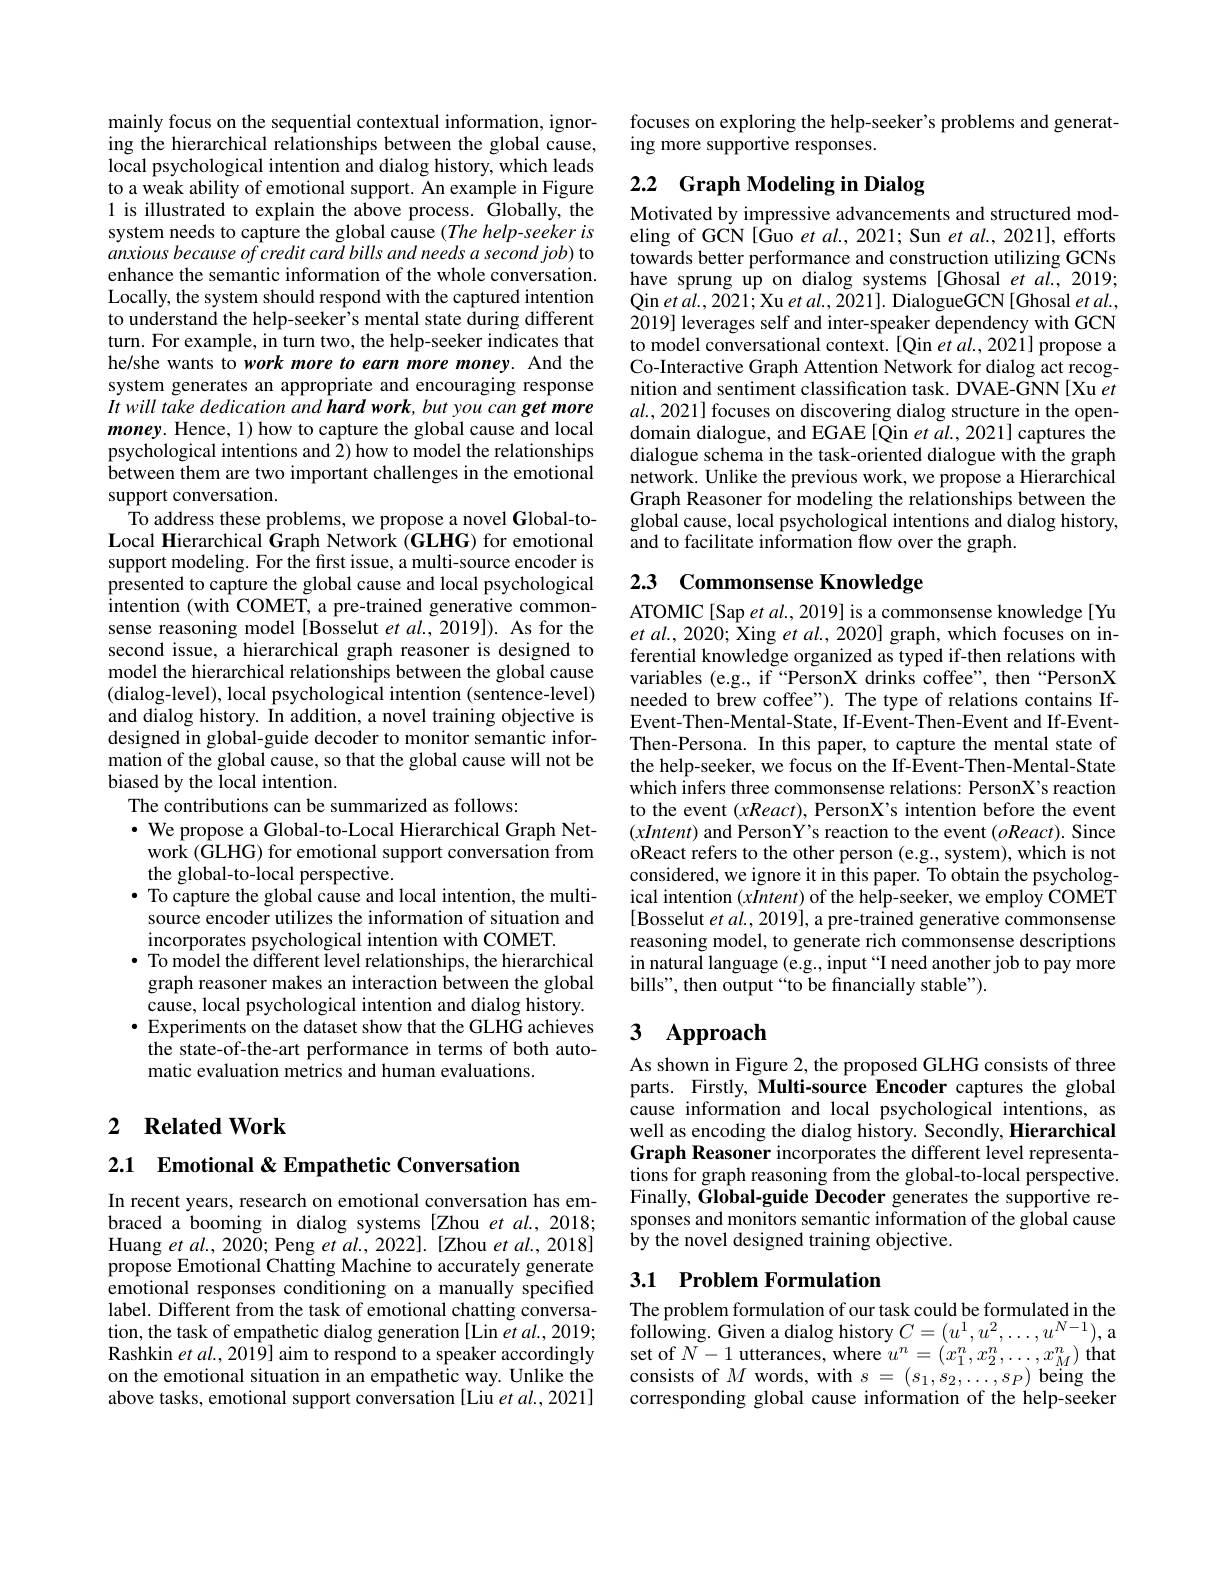
mainly focus on the sequential contextual information, ignoring the hierarchical relationships between the global cause, local psychological intention and dialog history, which leads to a weak ability of emotional support. An example in Figure 1 is illustrated to explain the above process. Globally, the system needs to capture the global cause (The help-seeker is anxious because of credit card bills and needs a second job) to enhance the semantic information of the whole conversation. Locally, the system should respond with the captured intention to understand the help-seeker's mental state during different turn. For example, in turn two, the help-seeker indicates that he/she wants to work more to earn more money. And the system generates an appropriate and encouraging response It will take dedication and hard work, but you can get more money. Hence, 1) how to capture the global cause and local psychological intentions and $\hat{2})$ how to model the relationships between them are two important challenges in the emotional support conversation.
To address these problems, we propose a novel Global-toLocal Hierarchical Graph Network (GLHG) for emotional support modeling. For the first issue, a multi-source encoder is presented to capture the global cause and local psychological intention (with COMET, a pre-trained generative commonsense reasoning model[Bosselut et al.,2019]). As for the second issue, a hierarchical graph reasoner is designed to model the hierarchical relationships between the global cause (dialog-level), local psychological intention (sentence-level) and dialog history. In addition, a novel training objective is designed in global-guide decoder to monitor semantic information of the global cause, so that the global cause will not be biased by the local intention.
The contributions can be summarized as follows:
$\cdot$ We propose a Global-to-Local Hierarchical Graph Network (GLHG) for emotional support conversation from the global-to-local perspective.
$\bullet$ To capture the global cause and local intention, the multisource encoder utilizes the information of situation and incorporates psychological intention with COMET.
$\bullet$ To model the different level relationships, the hierarchical graph reasoner makes an interaction between the global cause, local psychological intention and dialog history.
$\bullet$ Experiments on the dataset show that the GLHG achieves the state-of-the-art performance in terms of both automatic evaluation metrics and human evaluations.

## 2 $\textbf{Related Work}$

2.1 $\textbf{Emotional }\&$ Empathetic Conversation

In recent years, research on emotional conversation has embraced a booming in dialog systems [Zhou et al., 2018; Huang $etal.,2020;$ Peng $etal.,2022].$ [Zhou $etal.,2018]$ propose Emotional Chatting Machine to accurately generate emotional responses conditioning on a manually specified label. Different from the task of emotional chatting conversation, the task of empathetic dialog generation [Lin et al., 2019; Rashkin $etal.,2019]$ aim to respond to a speaker accordingly on the emotional situation in an empathetic way. Unlike the above tasks, emotional support conversation [Liu $etal.,2021]$

focuses on exploring the help-seeker's problems and generat-
ing more supportive responses.

# 2.2 Graph Modeling in Dialog

Motivated by impressive advancements and structured modeling of GCN[Guo et al., 2021; Sun et al., 2021], efforts towards better performance and construction utilizing GCNs have sprung up on dialog systems [Ghosal et al., 2019; Qin et al. , 2021; Xu et al. , 2021] . DialogueGCN [ Ghosal et al. , 2019] leverages self and inter-speaker dependency with GCN to model conversational context.[Qin et al., 2021] propose a Co-Interactive Graph Attention Network for dialog act recognition and sentiment classification task. DVAE-GNN [Xu et $al.,2021]$ focuses on discovering dialog structure in the opendomain dialogue, and EGAE[Qin et al., 2021] captures the dialogue schema in the task-oriented dialogue with the graph network. Unlike the previous work, we propose a Hierarchical Graph Reasoner for modeling the relationships between the global cause, local psychological intentions and dialog history, and to facilitate information flow over the graph.

2.3 Commonsense Knowledge

ATOMIC[Sap et al., 2019] is a commonsense knowledge[Yu $etal.,2020;$ Xing $etal.,2020]$ graph, which focuses on inferential knowledge organized as typed if-then relations with variables (e.g., if“PersonX drinks coffee", then“PersonX needed to brew coffee"). The type of relations contains IfEvent- Then- Mental- State, If- Event- Then- Event and If- Event- Then-Persona. In this paper, to capture the mental state of the help-seeker, we focus on the If-Event-Then-Mental-State which infers three commonsense relations: PersonX's reaction to the event $(xReact)$, PersonX's intention before the event $(xIntent)$ and PersonY's reaction to the event $(oReact).$ Since oReact refers to the other person (e.g., system), which is not considered, we ignore it in this paper. To obtain the psychological intention (xIntent) of the help-seeker, we employ COMET [Bosselut $etal.,2019]$, a pre-trained generative commonsense reasoning model, to generate rich commonsense descriptions in natural language (e.g., input “I need another job to pay more bills", then output “to be financially stable”).

# 3 $\mathbf{Approach}$

As shown in Figure 2, the proposed GLHG consists of three parts. Firstly, Multi-source Encoder captures the global cause information and local psychological intentions, as well as encoding the dialog history. Secondly, Hierarchical Graph Reasoner incorporates the different level representa- $\dot{\text{tions for graph reasoning from the global-to-local perspective.}}$ Finally, Global-guide Decoder generates the supportive responses and monitors semantic information of the global cause $\hat{\text{by the novel designed training objective.}}$

## 3.1 Problem Formulation

The problem formulation of our task could be formulated in the following. Given a dialog history $C=(u^1,u^2,\ldots,u^{N-1})$, a set of $N-1$ utterances, where $u^n=\left(x_{1}^{n},x_{2}^{n},\ldots,x_{M}^{n}\right)$ that consists of $M$ words, with $s=(s_1,s_2,\ldots,s_P)$ being the corresponding global cause information of the help-seeker